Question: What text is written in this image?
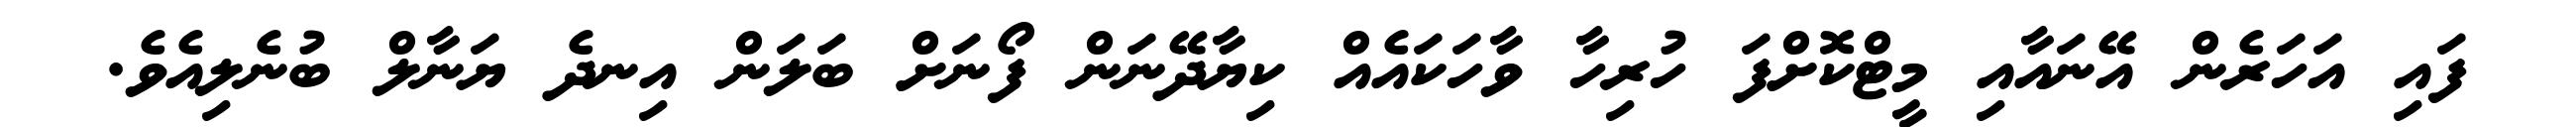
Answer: ފައި އަހަރެން އޭނައާއި މީޓްކޮށްފަ ހުރިހާ ވާހަކައެއް ކިޔާދޭނަން ފޯނަށް ބަލަން އިނދެ ޔަނާލް ބުނެލިއެވެ.